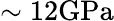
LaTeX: \sim 12\mathrm{GPa}